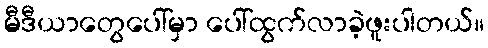
မီဒီယာတွေပေါ်မှာ ပေါ်ထွက်လာခဲ့ဖူးပါတယ်။